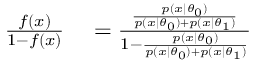
\begin{array} { r l } { \frac { f ( x ) } { 1 - f ( x ) } } & { { } = \frac { \frac { p ( x \mid \theta _ { 0 } ) } { p ( x \mid \theta _ { 0 } ) + p ( x \mid \theta _ { 1 } ) } } { 1 - \frac { p ( x \mid \theta _ { 0 } ) } { p ( x \mid \theta _ { 0 } ) + p ( x \mid \theta _ { 1 } ) } } } \end{array}